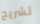
تشريح